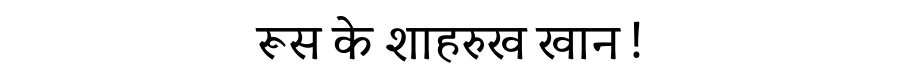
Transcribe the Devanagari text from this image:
रूस के शाहरुख खान !